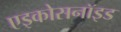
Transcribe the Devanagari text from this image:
एइकोसनॉइड